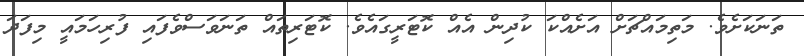
ތަނަކަށެވެ. މަތިމައްޗަށް އަށެއްކަ ކުދިން އެއް ކޮޓަރީގައެވެ. ކޮޓަރިތައް ތަނަވަސްވެފައި ފުރިހަމައީ މިފަދަ